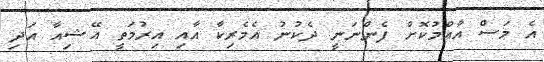
އެ މަސް އާއްމުކޮށް ފެންނަނީ ދެކުނު އެމެރިކާ އާއި އިރުމަތީ އޭޝިއާ އަދި